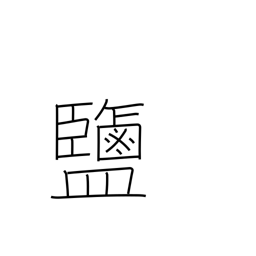
Meaning: salt